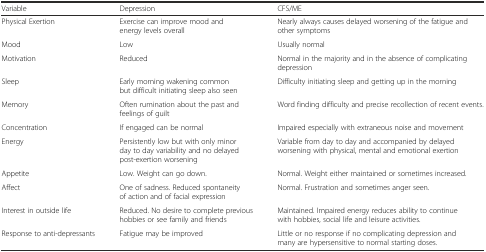
<table><thead><tr><td><b>Variable</b></td><td><b>Depression</b></td><td><b>CFS/ME</b></td></tr></thead><tbody><tr><td>Physical Exertion</td><td>Exercise can improve mood and energy levels overall</td><td>Nearly always causes delayed worsening of the fatigue and other symptoms</td></tr><tr><td>Mood</td><td>Low</td><td>Usually normal</td></tr><tr><td>Motivation</td><td>Reduced</td><td>Normal in the majority and in the absence of complicating depression</td></tr><tr><td>Sleep</td><td>Early morning wakening common but difficult initiating sleep also seen</td><td>Difficulty initiating sleep and getting up in the morning</td></tr><tr><td>Memory</td><td>Often rumination about the past and feelings of guilt</td><td>Word finding difficulty and precise recollection of recent events.</td></tr><tr><td>Concentration</td><td>If engaged can be normal</td><td>Impaired especially with extraneous noise and movement</td></tr><tr><td>Energy</td><td>Persistently low but with only minor day to day variability and no delayed post-exertion worsening</td><td>Variable from day to day and accompanied by delayed worsening with physical, mental and emotional exertion</td></tr><tr><td>Appetite</td><td>Low. Weight can go down.</td><td>Normal. Weight either maintained or sometimes increased.</td></tr><tr><td>Affect</td><td>One of sadness. Reduced spontaneity of action and of facial expression</td><td>Normal. Frustration and sometimes anger seen.</td></tr><tr><td>Interest in outside life</td><td>Reduced. No desire to complete previous hobbies or see family and friends</td><td>Maintained. Impaired energy reduces ability to continue with hobbies, social life and leisure activities.</td></tr><tr><td>Response to anti-depressants</td><td>Fatigue may be improved</td><td>Little or no response if no complicating depression and many are hypersensitive to normal starting doses.</td></tr></tbody></table>